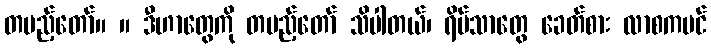
တပည့်တော်။ ။ ဒီဟာတွေကို တပည့်တော် သိပါတယ်၊ ရိပ်သာတွေ ခေတ်စား လာစကပင်